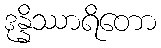
ဒုန္နိဿာရိတော